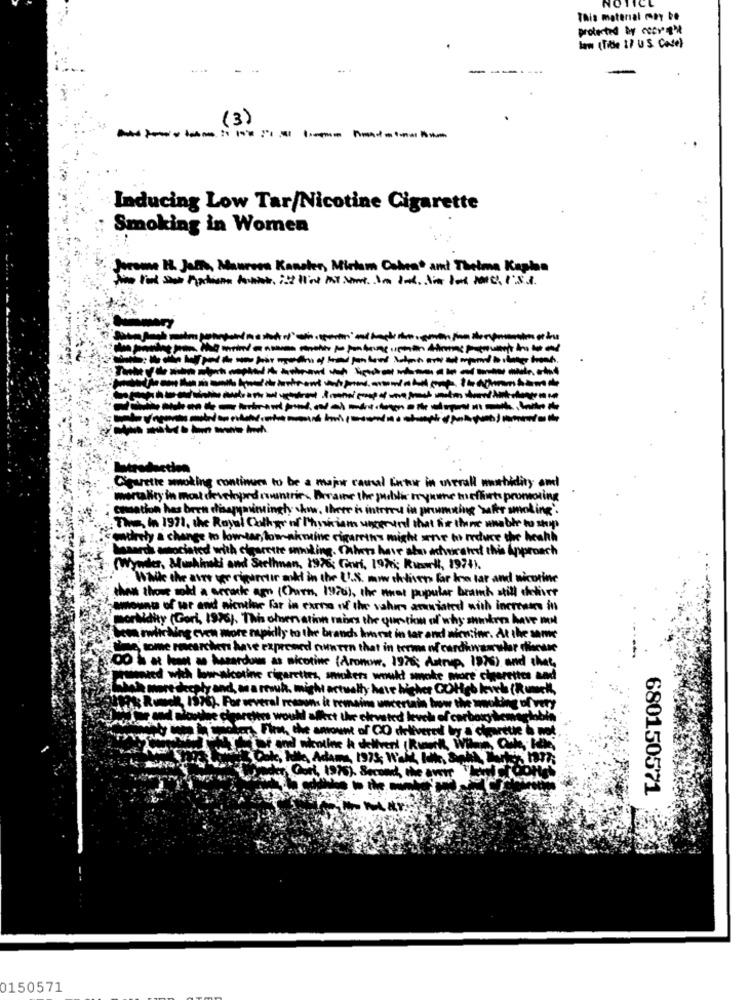
NOT
This material may be
protected by recres'il
law (Tide :/ U S. Case)
(3)
Inducing Low Tar/Nicotine Cigarette
Smoking in Women
brome H. Jaffa, Manrosa Kanske, Miriam Cohen® and Thelma Kaplan
-------
-----
C'estthe smoking continues to be a major causal Entur in overall mewhidity and
mortality in most developed countries Deraie the public trykme to efforts promoting
on has been disappointinghy ckow, there is introru in prising safer smoking.
The, In 1971, the Royal Colkgr of Physician uigerard that hir thine unable to shop
y a change to low-tar, low nimeine cigaretns might serve to reduce the heahh
with clearcure smiling. Thers have alos advocated this Approach
(Wywder, Mushinski and Stelhnan, 1976: Gori, 197; Rınwell, 1974).
.While the avro wer cipartir and in the U.S. nichtiven for ina lar and nicotine
than those sokl a serathe amy (Owen, 1926), the nuet pupular bramh still delivre
nount of tar and nicotine far in carna of the vahirs anuniated with increases in
morbidity (Gori, 1976). Thi omer ation ranes the question of why sikre have met
bee rwik Ning even more rapidly to the brands honest in tar and nicw:ine. At the same
Time"some racerchiens have expressed rouwen that in terms of cardenascular checase
Aronow, 1976; Astrup, 1973) and chat,
00 à at leon a hazardous as nicotine
med wich low-nicotine ri
cherettes an
reply and, as a rowuk.
have higher COHes keveh (Remek,
1976). For several maown
w uncertain bow the smoking of very
euch of carbon demande
1973; W
975). 80
the Art
680150571
Mar
0150571